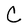
Character: C